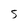
Character: 5